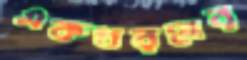
একধরনের